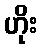
ဟိုး